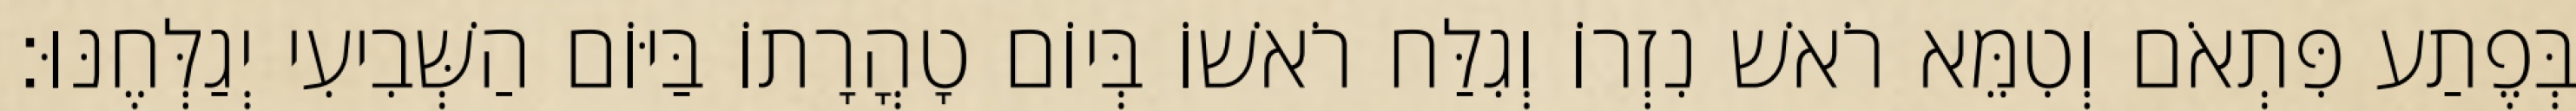
בְּפֶתַע פִּתְאֹם וְטִמֵּא רֹאשׁ נִזְרוֹ וְגִלַּח רֹאשׁוֹ בְּיוֹם טָהֳרָתוֹ בַּיּוֹם הַשְּׁבִיעִי יְגַלְּחֶנּוּ׃